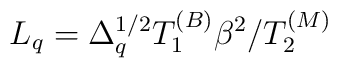
L_q = \Delta_q^{1/2} T_1^{(B)} \beta^2 / T_2^{(M)}